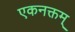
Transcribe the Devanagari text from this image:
एकनक्तम्